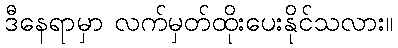
ဒီနေရာမှာ လက်မှတ်ထိုးပေးနိုင်သလား။